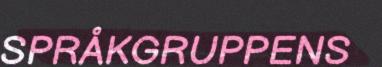
SPRÅKGRUPPENS